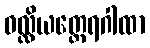
ဝလ္လိယတ္ထေရဂါထာ